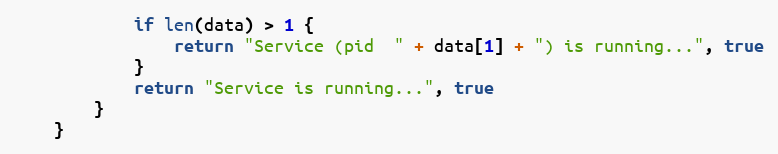
Language: Go
			if len(data) > 1 {
				return "Service (pid  " + data[1] + ") is running...", true
			}
			return "Service is running...", true
		}
	}